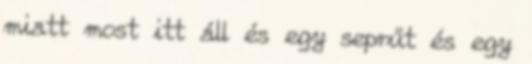
miatt most itt áll és egy seprűt és egy